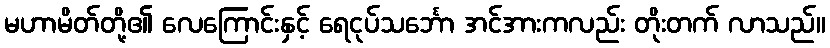
မဟာမိတ်တို့၏ လေကြောင်းနှင့် ရေငုပ်သင်္ဘော အင်အားကလည်း တိုးတက် လာသည်။